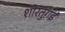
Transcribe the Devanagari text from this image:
शोरतुग़ई